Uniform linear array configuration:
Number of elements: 12
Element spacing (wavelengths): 0.75
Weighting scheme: uniform
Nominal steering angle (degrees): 45
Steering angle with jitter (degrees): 46.643
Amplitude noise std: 0.05
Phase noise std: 0.05

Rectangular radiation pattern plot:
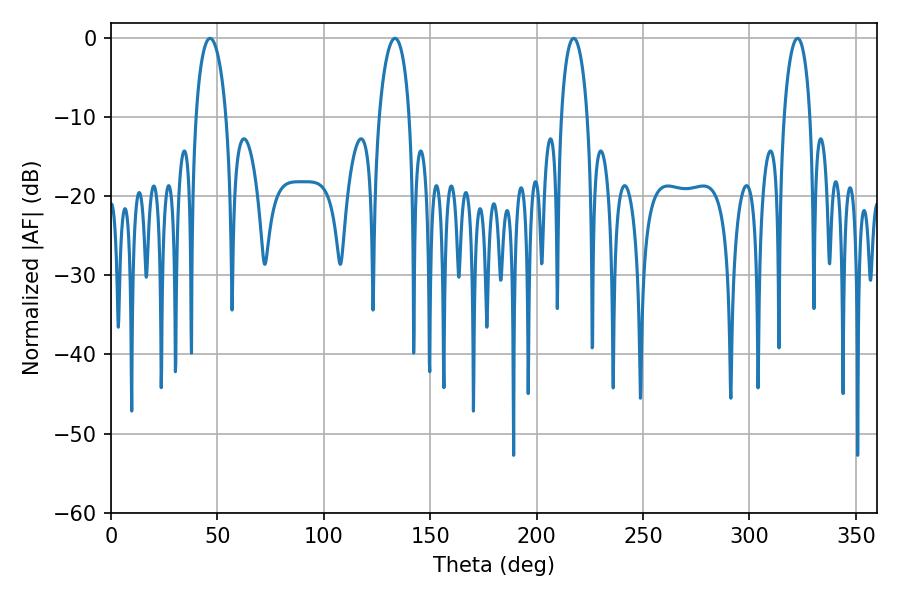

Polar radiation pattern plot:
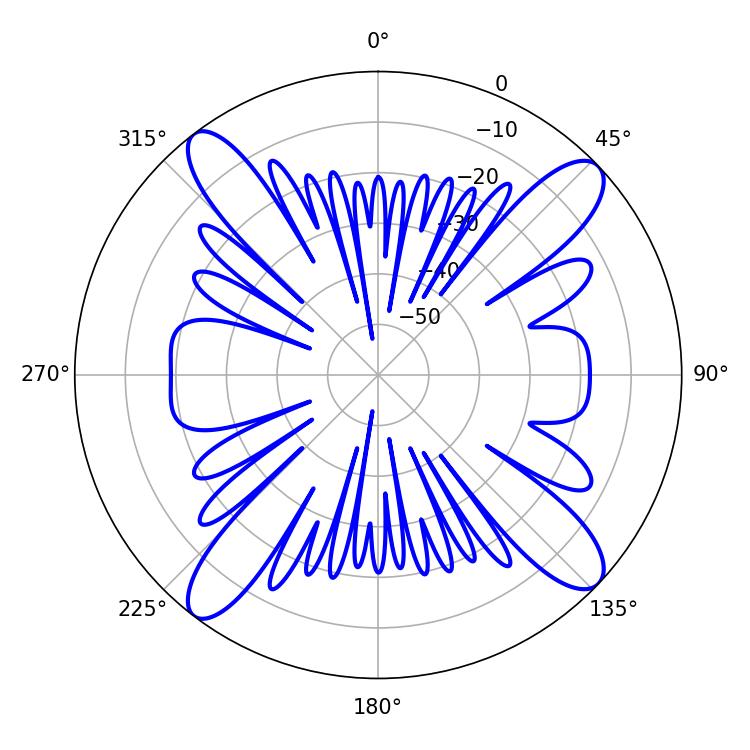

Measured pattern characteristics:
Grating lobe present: TRUE
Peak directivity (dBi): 14.884
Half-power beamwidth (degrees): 7.02
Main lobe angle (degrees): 217.44